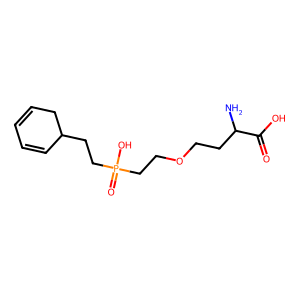
SMILES: NC(CCOCCP(=O)(O)CCC1C=CC=CC1)C(=O)O
Inhibits HIV replication: No